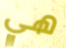
هي